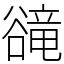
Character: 𧯇